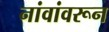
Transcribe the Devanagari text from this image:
नांवांवरून